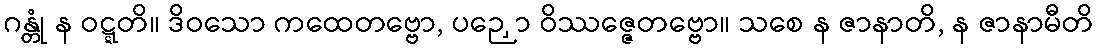
ဂန္တုံ န ဝဋ္ဋတိ။ ဒိဝသော ကထေတဗ္ဗော, ပဉှော ဝိဿဇ္ဇေတဗ္ဗော။ သစေ န ဇာနာတိ, န ဇာနာမီတိ